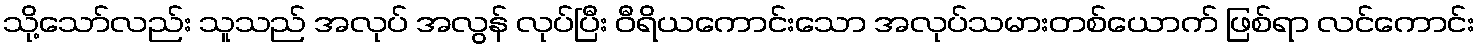
သို့သော်လည်း သူသည် အလုပ် အလွန် လုပ်ပြီး ဝီရိယကောင်းသော အလုပ်သမားတစ်ယောက် ဖြစ်ရာ လင်ကောင်း